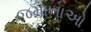
જમાનાઓ